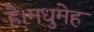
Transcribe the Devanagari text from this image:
है।मधुमेह